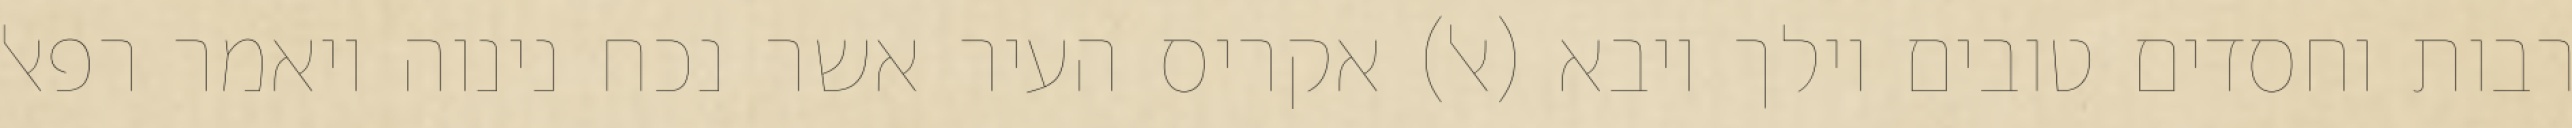
רבות וחסדים טובים וילך ויבא (אל) אקריס העיר אשר נכח נינוה ויאמר רפאל